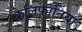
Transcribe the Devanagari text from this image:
कैलिफॉनिया